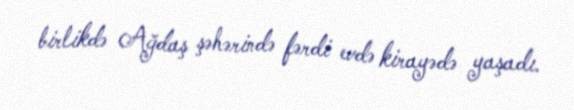
birlikdə Ağdaş şəhərində fərdi evdə kirayədə yaşadı.